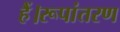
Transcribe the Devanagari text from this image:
हैं।रूपांतरण